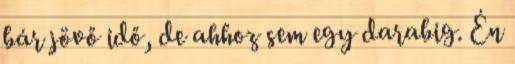
bár jövő idő, de ahhoz sem egy darabig. Én